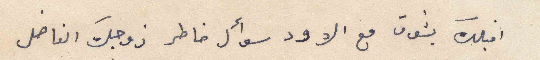
اقبلك بشوق مع الاود سؤال خاطر زوجك الفاضل